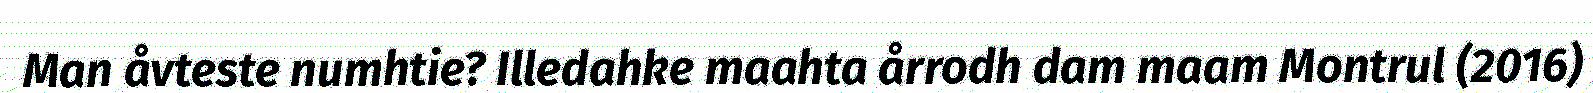
Man åvteste numhtie? Illedahke maahta årrodh dam maam Montrul (2016)